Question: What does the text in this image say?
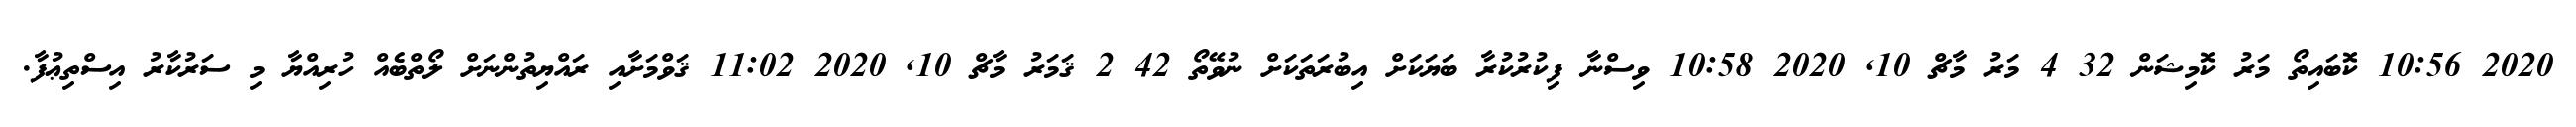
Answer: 2020 10:56 ކޮބައިތޯ މަރު ކޮމިޝަން 32 4 މަރު މާޗް 10, 2020 10:58 ވިސްނާ ފިކުރުކުރާ ބަޔަކަށް އިބުރަތަކަށް ނުވޭތޯ 42 2 ޤަމަރު މާޗް 10, 2020 11:02 ޤަވްމަށާއި ރައްޔިތުންނަށް ލޯތްބެއް ހުރިއްޔާ މި ސަރުކާރު އިސްތިޢުފާ.